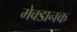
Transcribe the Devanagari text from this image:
मेक्डानक